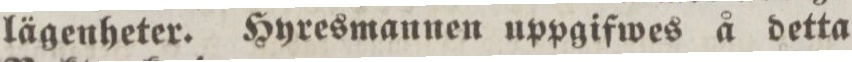
lägenheter. Hyresmannen uppgifwes å detta